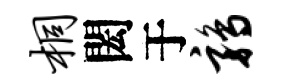
桐閎于鹑